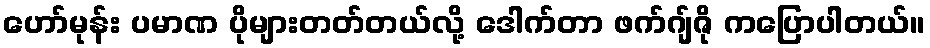
ဟော်မုန်း ပမာဏ ပိုများတတ်တယ်လို့ ဒေါက်တာ ဖက်ဂျ်ဇို ကပြောပါတယ်။